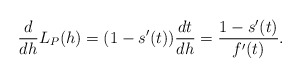
\begin{align*} \begin{aligned}\frac{d}{dh}L_P(h)=(1-s'(t))\frac{dt}{dh}=\frac{1-s'(t)}{f'(t)}. \end{aligned} \end{align*}